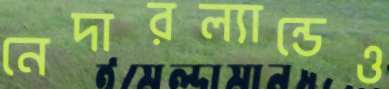
নেদারল্যান্ডেও